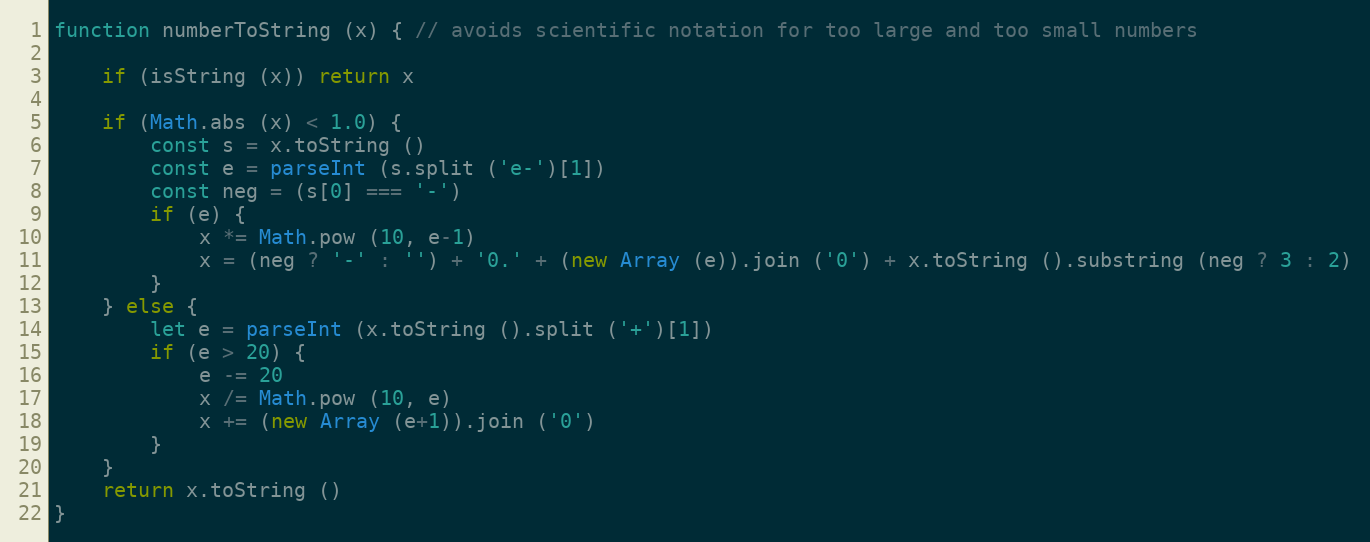
Language: JavaScript
function numberToString (x) { // avoids scientific notation for too large and too small numbers

    if (isString (x)) return x

    if (Math.abs (x) < 1.0) {
        const s = x.toString ()
        const e = parseInt (s.split ('e-')[1])
        const neg = (s[0] === '-')
        if (e) {
            x *= Math.pow (10, e-1)
            x = (neg ? '-' : '') + '0.' + (new Array (e)).join ('0') + x.toString ().substring (neg ? 3 : 2)
        }
    } else {
        let e = parseInt (x.toString ().split ('+')[1])
        if (e > 20) {
            e -= 20
            x /= Math.pow (10, e)
            x += (new Array (e+1)).join ('0')
        }
    }
    return x.toString ()
}